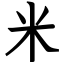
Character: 米